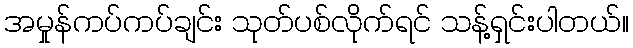
အမှုန်ကပ်ကပ်ချင်း သုတ်ပစ်လိုက်ရင် သန့်ရှင်းပါတယ်။